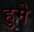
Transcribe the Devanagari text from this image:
हुमे